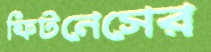
ফিটনেসের